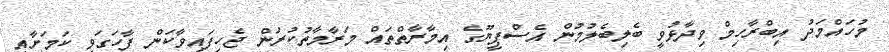
މުހައްމަދު އިބްރާހިމް ވިދާޅުވީ ބެލިބެލުމުން އެސްޕީޔޫގެ އިމާރާތްތައް މަރާމާތުކުރަން ޖެހިފައިވާކަން ފާހަގަވި ކަމަށާއި